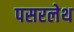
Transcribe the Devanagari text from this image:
पसरलेथ